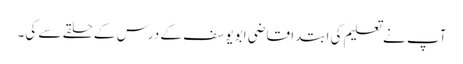
آپ نے تعلیم کی ابتدا قاضی ابویوسف کے درس کے حلقے سے کی۔